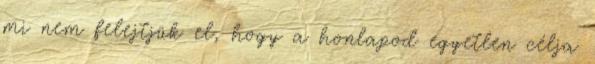
mi nem felejtjük el, hogy a honlapod egyetlen célja